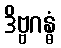
ဒိဗ္ဗဂန္ဓံ